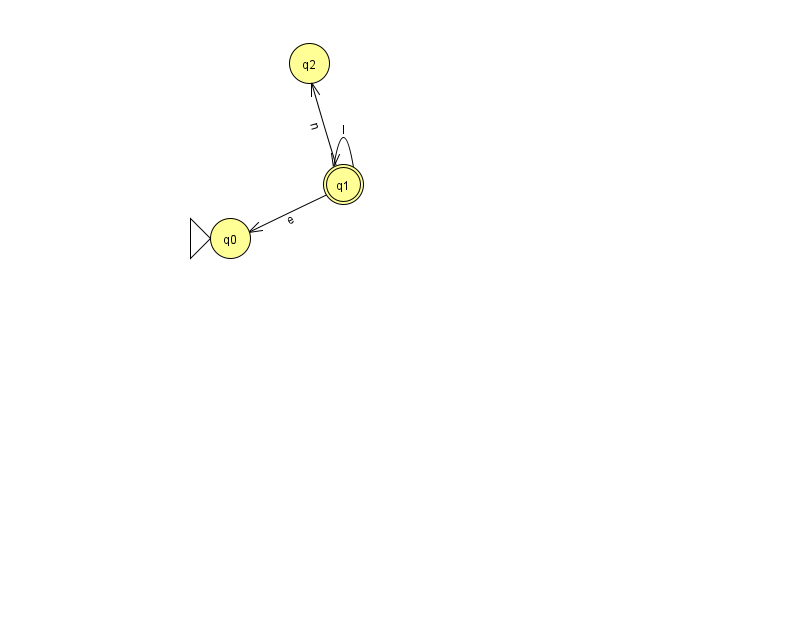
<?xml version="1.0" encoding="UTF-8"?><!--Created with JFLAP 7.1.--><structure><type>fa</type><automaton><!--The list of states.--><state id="0" name="q0"><x>230.0</x><y>225.0</y><initial/></state><state id="1" name="q1"><x>343.0</x><y>171.0</y><final/></state><state id="2" name="q2"><x>309.0</x><y>50.0</y></state><!--The list of transitions.--><transition><from>1</from><to>1</to><read>l</read></transition><transition><from>1</from><to>2</to><read>n</read></transition><transition><from>1</from><to>0</to><read>e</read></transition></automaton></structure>